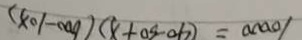
1 0 0 0 0 = ( 4 0 - 3 0 + x ) ( 6 0 0 - 1 0 x )